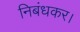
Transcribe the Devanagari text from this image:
निबंधकर।